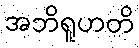
အဘိရူဟတိ